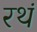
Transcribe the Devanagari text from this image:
रथं